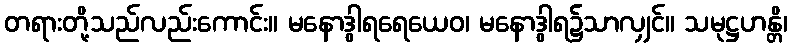
တရားတို့သည်လည်းကောင်း။ မနောဒွါရရေယေဝ၊ မနောဒွါရ၌သာလျှင်။ သမုဋ္ဌဟန္တိ၊